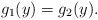
LaTeX: \begin{align*}g_1(y)=g_2(y).\end{align*}